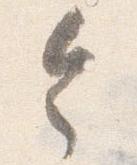
令